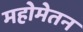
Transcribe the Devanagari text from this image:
महोमेतन